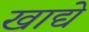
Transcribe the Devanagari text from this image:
खाद्ये